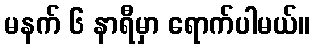
မနက် ၆ နာရီမှာ ရောက်ပါမယ်။